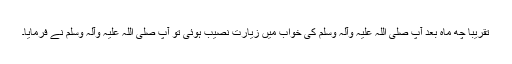
تقریبا چھ ماہ بعد آپ صلی اللہ علیہ وآلہ وسلم کی خواب میں زیارت نصیب ہوئی تو آپ صلی اللہ علیہ وآلہ وسلم نے فرمایا۔